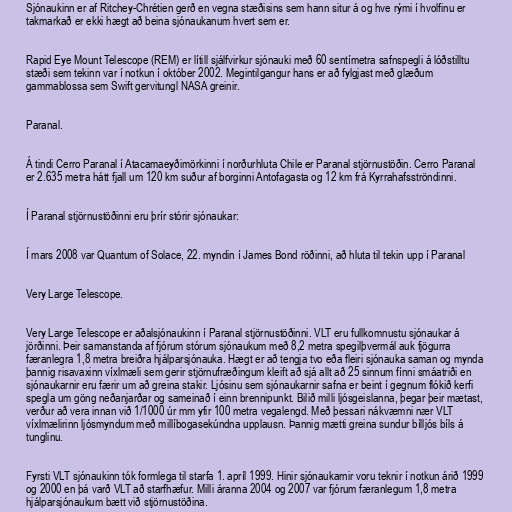
Sjónaukinn er af Ritchey-Chrétien gerð en vegna stæðisins sem hann situr á og hve rými í hvolfinu er
takmarkað er ekki hægt að beina sjónaukanum hvert sem er.

Rapid Eye Mount Telescope (REM) er lítill sjálfvirkur sjónauki með 60 sentímetra safnspegli á lóðstilltu
stæði sem tekinn var í notkun í október 2002. Megintilgangur hans er að fylgjast með glæðum
gammablossa sem Swift gervitungl NASA greinir.

Paranal.

Á tindi Cerro Paranal í Atacamaeyðimörkinni í norðurhluta Chile er Paranal stjörnustöðin. Cerro Paranal
er 2.635 metra hátt fjall um 120 km suður af borginni Antofagasta og 12 km frá Kyrrahafsströndinni.

Í Paranal stjörnustöðinni eru þrír stórir sjónaukar:

Í mars 2008 var Quantum of Solace, 22. myndin í James Bond röðinni, að hluta til tekin upp í Paranal

Very Large Telescope.

Very Large Telescope er aðalsjónaukinn í Paranal stjörnustöðinni. VLT eru fullkomnustu sjónaukar á
jörðinni. Þeir samanstanda af fjórum stórum sjónaukum með 8,2 metra spegilþvermál auk fjögurra
færanlegra 1,8 metra breiðra hjálparsjónauka. Hægt er að tengja tvo eða fleiri sjónauka saman og mynda
þannig risavaxinn víxlmæli sem gerir stjörnufræðingum kleift að sjá allt að 25 sinnum fínni smáatriði en
sjónaukarnir eru færir um að greina stakir. Ljósinu sem sjónaukarnir safna er beint í gegnum flókið kerfi
spegla um göng neðanjarðar og sameinað í einn brennipunkt. Bilið milli ljósgeislanna, þegar þeir mætast,
verður að vera innan við 1/1000 úr mm yfir 100 metra vegalengd. Með þessari nákvæmni nær VLT
víxlmælirinn ljósmyndum með millíbogasekúndna upplausn. Þannig mætti greina sundur bílljós bíls á
tunglinu.

Fyrsti VLT sjónaukinn tók formlega til starfa 1. apríl 1999. Hinir sjónaukarnir voru teknir í notkun árið 1999
og 2000 en þá varð VLT að starfhæfur. Milli áranna 2004 og 2007 var fjórum færanlegum 1,8 metra
hjálparsjónaukum bætt við stjörnustöðina.